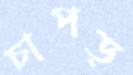
চাপড়